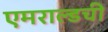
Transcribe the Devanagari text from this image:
एमराल्डची